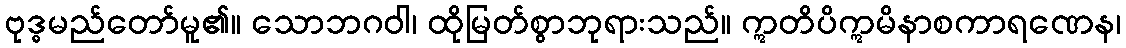
ဗုဒ္ဓမည်တော်မူ၏။ သောဘဂဝါ၊ ထိုမြတ်စွာဘုရားသည်။ ဣတိပိဣမိနာစကာရဏေန၊